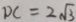
D C = 2 \sqrt { 3 }